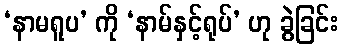
‘နာမရူပ’ ကို ‘နာမ်နှင့်ရုပ်’ ဟု ခွဲခြင်း